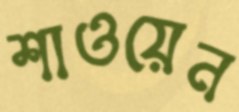
শাওয়েন